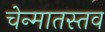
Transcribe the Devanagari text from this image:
चेन्मातस्तव